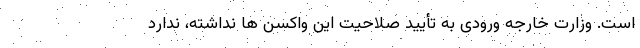
است. وزارت خارجه ورودی به تأیید صلاحیت این واکسن ها نداشته، ندارد